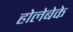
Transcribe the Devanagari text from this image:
होलेबेके